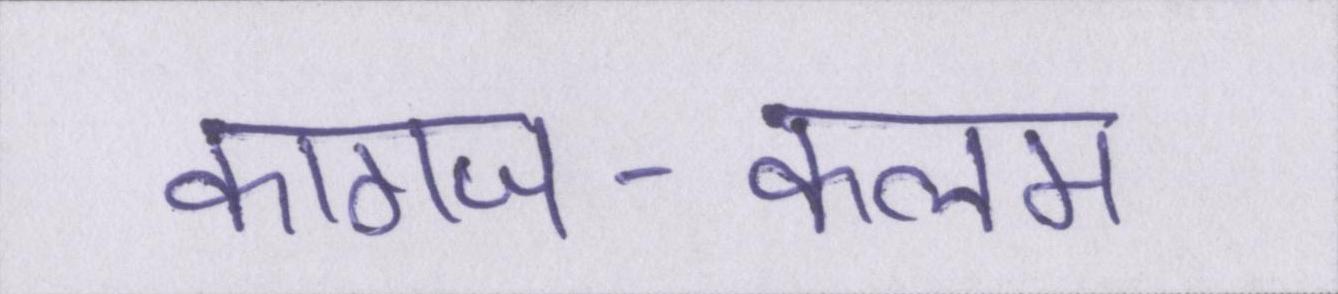
कागज-कलम